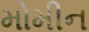
મોમીન